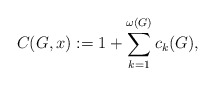
\begin{align*}C(G,x):= 1 + \sum_{k=1}^{\omega(G)} c_{k}(G), \end{align*}